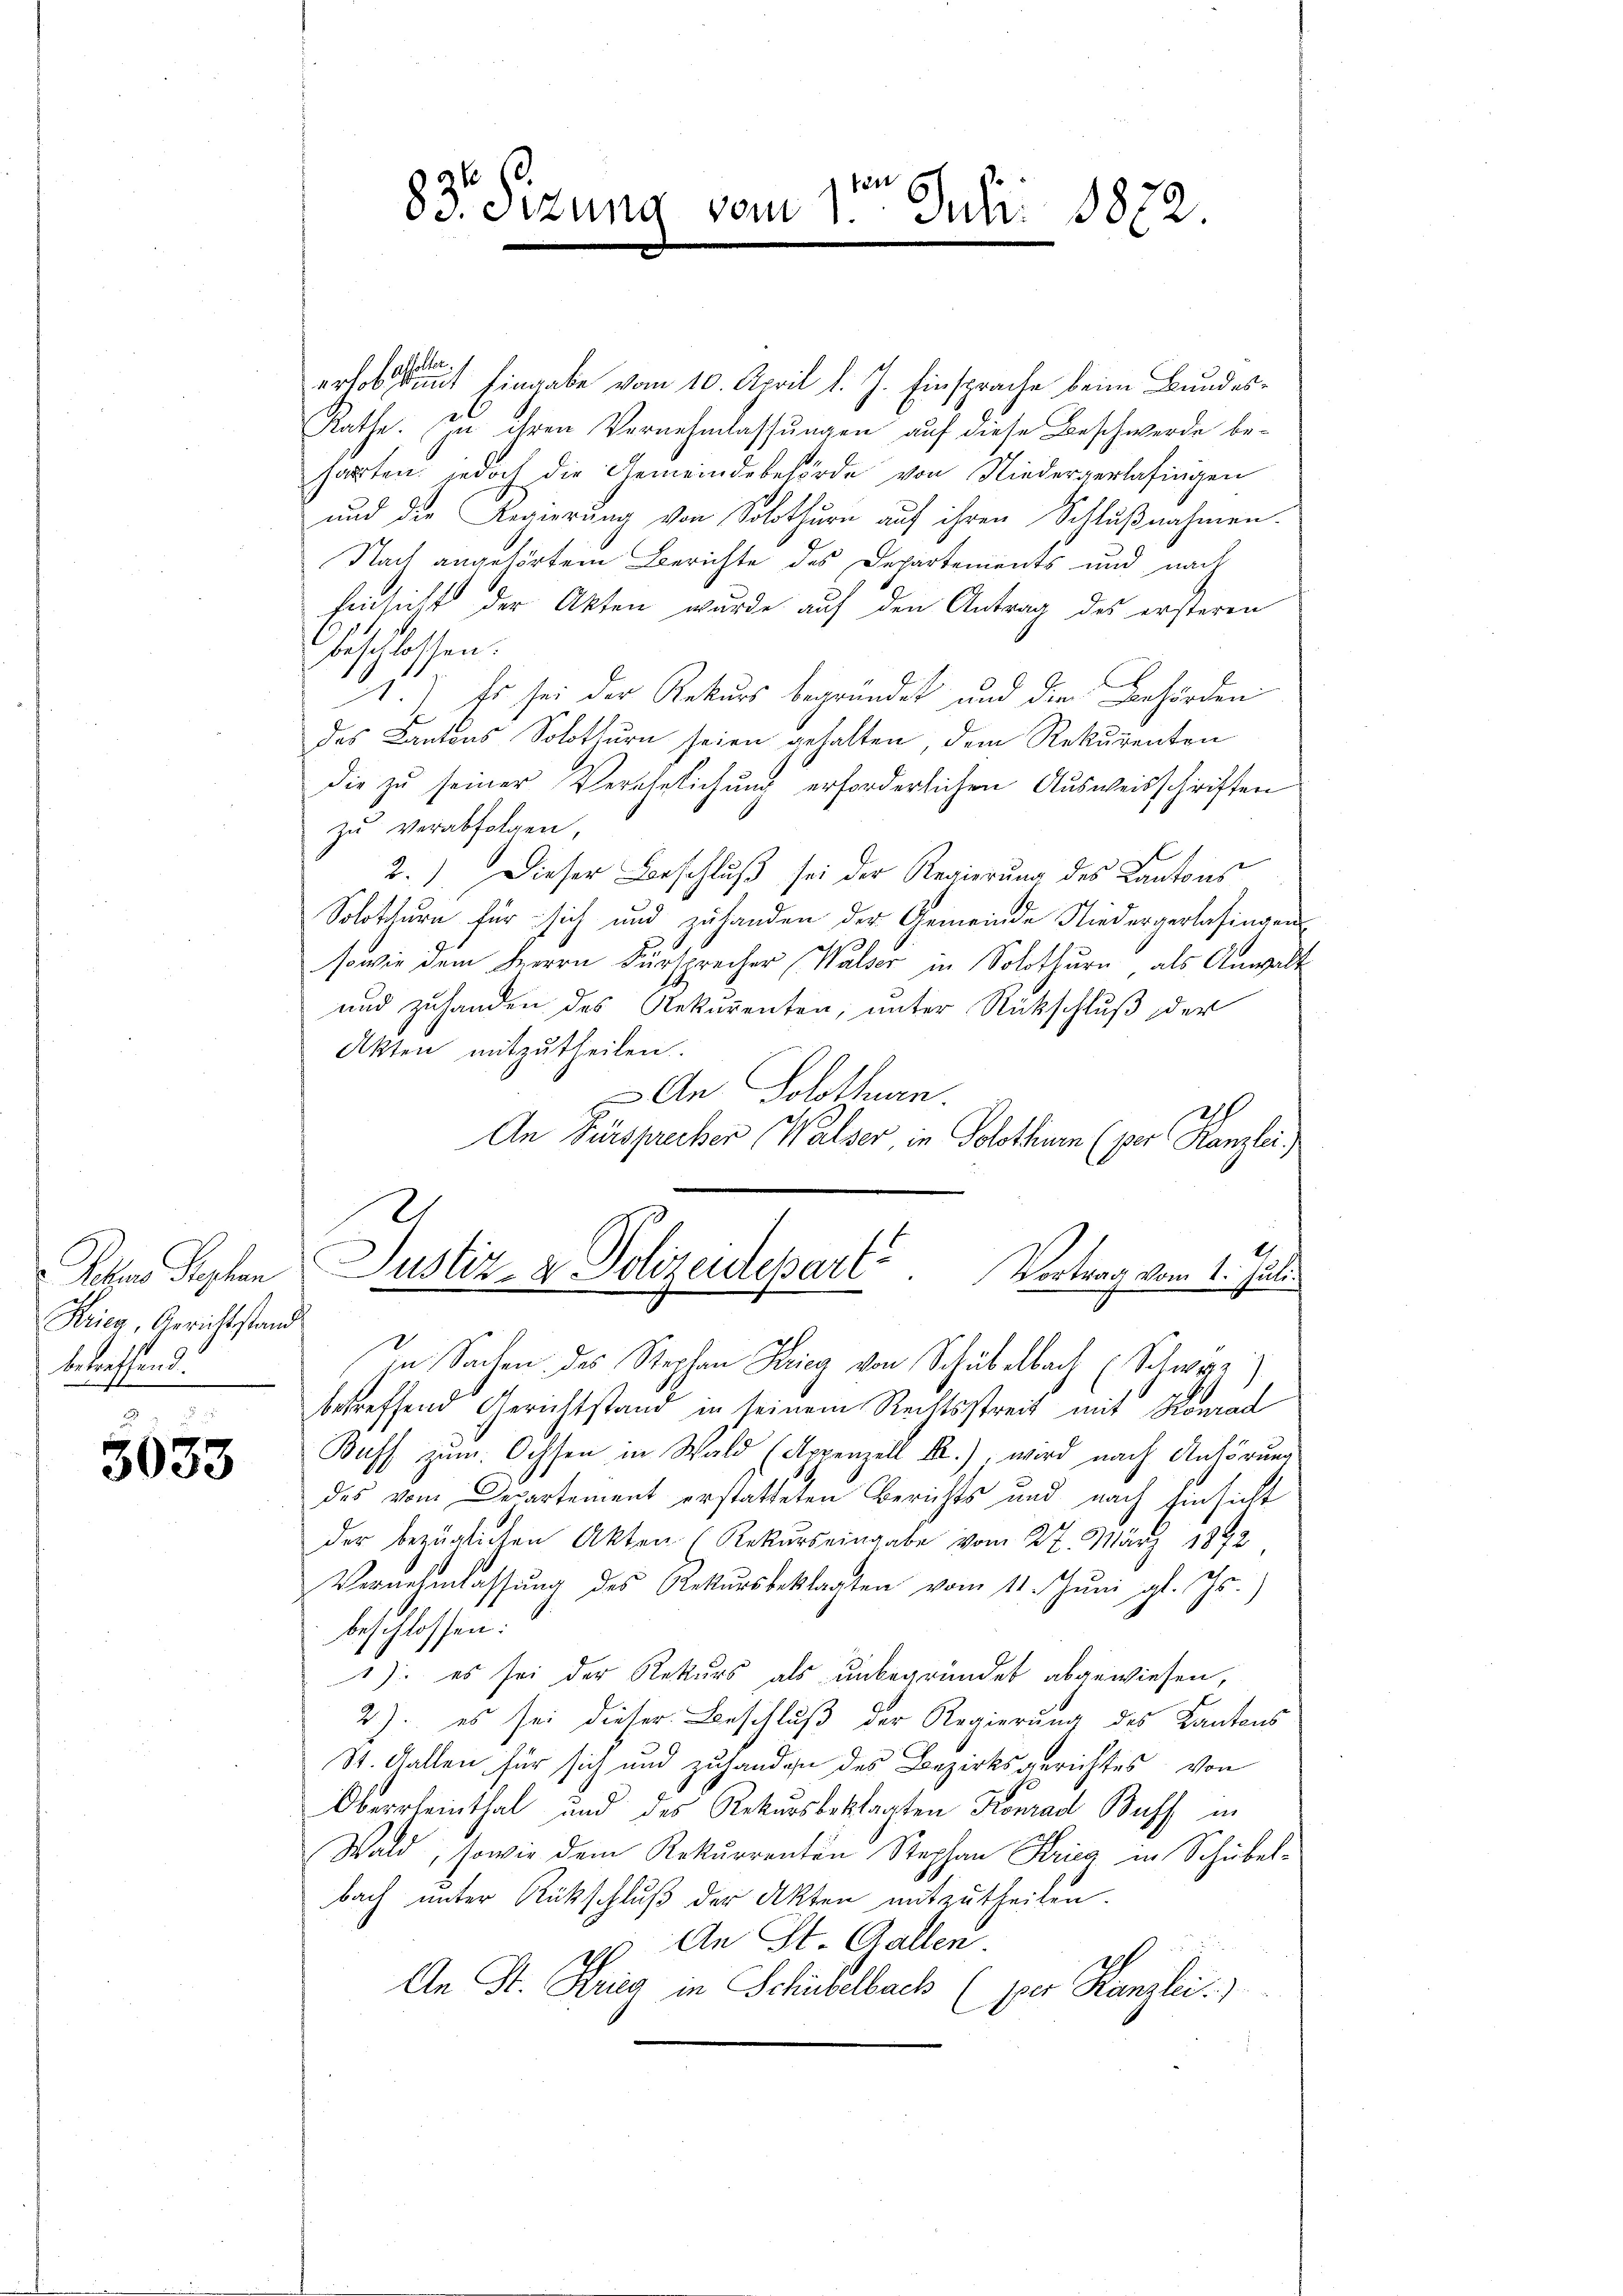
Roten Septen
Krica, Gerichtstand
betreffend.

3033

et
83 Sizung vom 1. Juli 1882.

sie
erlobe mit Eingabe vom 10. April l. J. Einsprache beim Bundes¬
Rathe. In ihren Vernehmlassungen auf diese Beschwerde beharten, jedoch die Gemeindebehörde von Niederverlasingen
und die Regierung von Solothurn auf ihren Schlußnahmen.
Nach angehörtem Berichte des Departements und nach
hinsicht der Akten wurde auf den Antrag des ersteren
beschlossen:
1.) Es sei der Rekurs begründet und die Behörden
des Cantons Solothurn seien gehalten, dem Rekurenten
die zu seiner Verehelichung erforderlichen Ausweisschriften
zu verabfolgen,
2.) Dieser Beschluß sei der Regierung des Kantons
Solothurn für sich und zu handen der Gemeinde Niedergerlafingens
sowie dem Herrn Fürsprecher (Walser in Solothurn, als Anwalt
und zuhanden des Rekurenten, unter Rückschluß der
Akten mitzutheilen.
An Solothurn
2
An Fürsprecher (Walser in Solothurn (per Kanzlei
2
t
Justiz- & Polizeidepart. Vortrag vom 1. Juli.
In Sachen des Stephan Krieg von Schubelbach (Schwyz
betreffend Gerichtstand in seinem Rechtsstreit mit Konrad
Buff zum Ochsen in Wald (Appenzell I.), wird nach Anhörung
des vom Departement erstatteten Berichts und nach Einsicht
der bezüglichen Akten (Rekurs eingabe vom 27. März 1842
Vernehmlassŭng des Rekursbeklagten vom 11. Jŭni gl. Js.)
beschlossen:
1): es sei der Rekurs als unbegründet abgewiesen,
2) es sei dieser Beschluß der Regierung des Kantons
St. Gallen für sich und zuhanden des Bezirksgerichtes von
Oberrheinthal und des Rekursbeklagten Konrad Buff in
Wald, sowie dem Rekurrenten Stephan Krieg in Schübel-
bach unter Rückschluß der Akten mitzutheilen.
p. An St. Gallen
An St. Krieg in Schübelbach (per Kanzlei.)